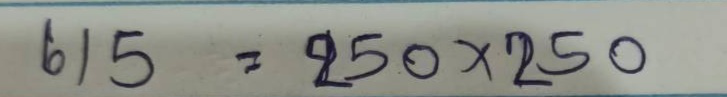
615 = 250 x 250